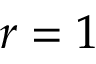
r = 1